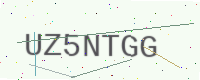
Text: UZ5NTGG